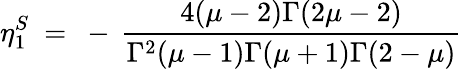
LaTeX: \eta_{1}^{S}~=~-\, \frac{4(\mu-2)\Gamma(2\mu-2)}{\Gamma^{2}(\mu-1)\Gamma(\mu+1)\Gamma(2-\mu)}